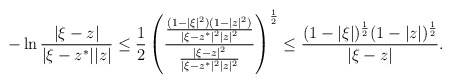
\begin{align*}- \ln \frac{|\xi-z|}{|\xi-z^*||z|} \leq \frac{1}{2} \left( \frac{ \frac{(1-|\xi|^2)(1-|z|^2)}{|\xi-z^*|^2|z|^2} }{ \frac{|\xi-z|^2}{|\xi-z^*|^2|z|^2} } \right)^{\frac{1}{2}} \leq \frac{(1-|\xi|)^{\frac{1}{2}} (1-|z|)^{\frac{1}{2}}}{|\xi-z|}.\end{align*}